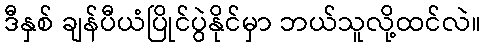
ဒီနှစ် ချန်ပီယံပြိုင်ပွဲနိုင်မှာ ဘယ်သူလို့ထင်လဲ။